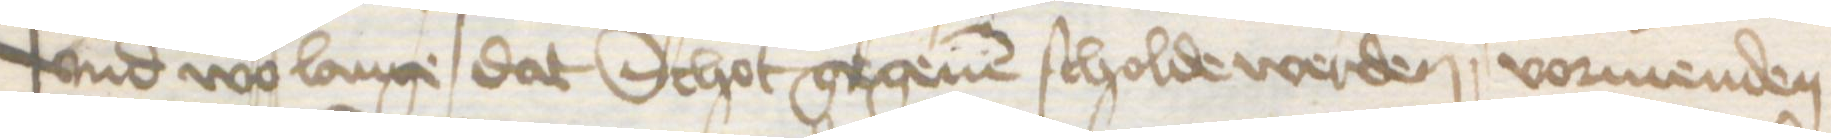
vnd wo lange dat Schot gegeuen scholde werden vormenden